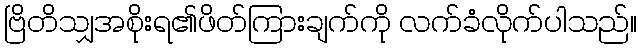
ဗြိတိသျှအစိုးရ၏ဖိတ်ကြားချက်ကို လက်ခံလိုက်ပါသည်။